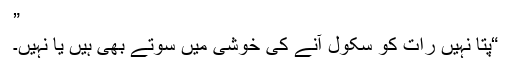
”
“پتا نہیں رات کو سکول آنے کی خوشی میں سوتے بھی ہیں یا نہیں۔